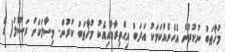
މުޚާޠަބު ނުކުރުން އެހެނެއްކަމަކު އަދަބު އިޙްތިރާމާއިއެކު މުޚާޠަބު ކުރުން. މިސާލަކަށް ރަސޫލު( ގެ